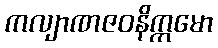
ကလျာဏဇဝနိက္ကမော